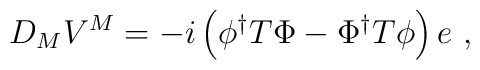
D_MV^M= -i \left(\phi^{\dagger}T\Phi -\Phi^{\dagger}T\phi\right)e~,